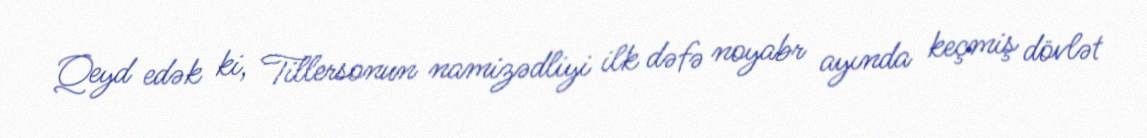
Qeyd edək ki, Tillersonun namizədliyi ilk dəfə noyabr ayında keçmiş dövlət